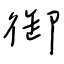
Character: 御